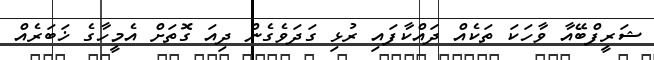
ޝަރީފްބޭއާ ވާހަކަ ތަކެއް ދައްކާފައި ރުޅި ގަދަވެގެން ދިއަ ގޮތަށް އެމީހާގެ ޚަބަރެއް